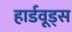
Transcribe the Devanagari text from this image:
हार्डवूड्स